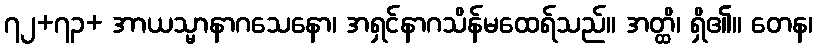
၇၂+၇၃+ အာယသ္မာနာဂသေနော၊ အရှင်နာဂသိန်မထေရ်သည်။ အတ္ထိ၊ ရှိ၏။ တေန၊